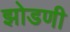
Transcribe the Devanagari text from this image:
झोडणी